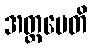
အတ္ထမေတိ